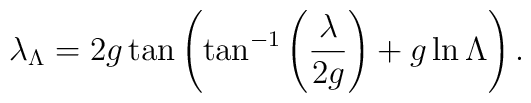
\lambda_{\Lambda}=	2g\tan\left(\tan^{-1}\left({\lambda\over 2g}\right)	+g\ln\Lambda\right).